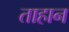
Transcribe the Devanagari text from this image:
ताहान